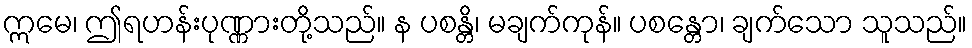
ဣမေ၊ ဤရဟန်းပုဏ္ဏားတို့သည်။ န ပစန္တိ၊ မချက်ကုန်။ ပစန္တော၊ ချက်သော သူသည်။